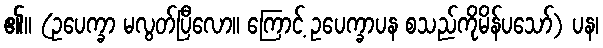
၏။ (ဥပေက္ခာ မလွတ်ပြီလော။ ကြောင့် ဥပေက္ခာပန စသည်ကိုမိန်ပသော်) ပန၊